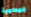
المحامية